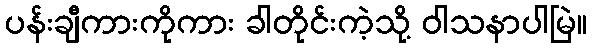
ပန်းချီကားကိုကား ခါတိုင်းကဲ့သို့ ဝါသနာပါမြဲ။